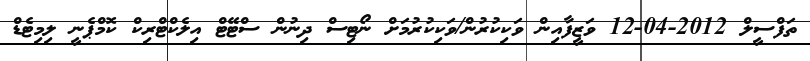
ތަފްސީލް 2012-04-12 ވަޒީފާއިން ވަކިކުރުން/ވަކިކުރުމަށް ނޯޓިސް ދިނުން ސްޓޭޓް އިލެކްޓްރިކް ކޮމްޕެނީ ލިމިޓެޑް